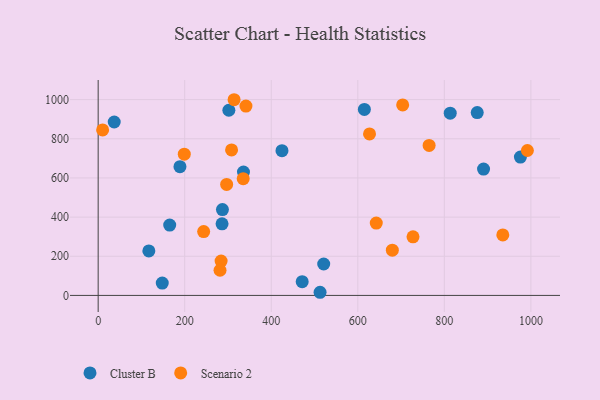
{"axis": {"x": "Investment", "y": "Demand"}, "legend": ["Cluster B", "Scenario 2"], "data": [{"x": "165.3", "y": 359.0, "type": "Cluster B"}, {"x": "148.1", "y": 62.9, "type": "Cluster B"}, {"x": "471.5", "y": 70.0, "type": "Cluster B"}, {"x": "615.2", "y": 949.7, "type": "Cluster B"}, {"x": "424.8", "y": 739.3, "type": "Cluster B"}, {"x": "286.3", "y": 365.8, "type": "Cluster B"}, {"x": "189.0", "y": 657.3, "type": "Cluster B"}, {"x": "890.6", "y": 645.2, "type": "Cluster B"}, {"x": "302.0", "y": 945.7, "type": "Cluster B"}, {"x": "335.8", "y": 629.7, "type": "Cluster B"}, {"x": "37.1", "y": 885.7, "type": "Cluster B"}, {"x": "287.2", "y": 438.4, "type": "Cluster B"}, {"x": "813.6", "y": 930.6, "type": "Cluster B"}, {"x": "975.8", "y": 706.8, "type": "Cluster B"}, {"x": "512.8", "y": 16.0, "type": "Cluster B"}, {"x": "521.2", "y": 160.5, "type": "Cluster B"}, {"x": "876.0", "y": 934.1, "type": "Cluster B"}, {"x": "117.1", "y": 227.4, "type": "Cluster B"}, {"x": "314.1", "y": 999.5, "type": "Scenario 2"}, {"x": "243.8", "y": 326.1, "type": "Scenario 2"}, {"x": "703.7", "y": 973.1, "type": "Scenario 2"}, {"x": "341.5", "y": 967.0, "type": "Scenario 2"}, {"x": "296.9", "y": 566.8, "type": "Scenario 2"}, {"x": "284.1", "y": 175.6, "type": "Scenario 2"}, {"x": "308.3", "y": 743.1, "type": "Scenario 2"}, {"x": "935.1", "y": 309.1, "type": "Scenario 2"}, {"x": "991.9", "y": 740.1, "type": "Scenario 2"}, {"x": "642.7", "y": 369.6, "type": "Scenario 2"}, {"x": "335.2", "y": 596.3, "type": "Scenario 2"}, {"x": "10.3", "y": 845.0, "type": "Scenario 2"}, {"x": "727.6", "y": 299.4, "type": "Scenario 2"}, {"x": "281.6", "y": 128.6, "type": "Scenario 2"}, {"x": "627.1", "y": 824.9, "type": "Scenario 2"}, {"x": "679.8", "y": 231.2, "type": "Scenario 2"}, {"x": "764.8", "y": 766.3, "type": "Scenario 2"}, {"x": "199.0", "y": 721.6, "type": "Scenario 2"}]}